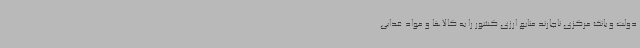
دولت و بانک مرکزی ناچارند منابع ارزی کشور را به کالاها و مواد غذایی